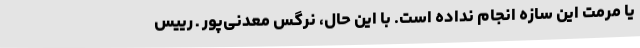
یا مرمت این سازه انجام نداده است. با این حال، نرگس معدنی‌پور ـ رییس